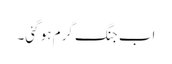
اب جنگ گرم ہو گئی۔